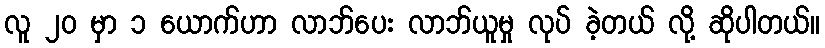
လူ ၂၀ မှာ ၁ ယောက်ဟာ လာဘ်ပေး လာဘ်ယူမှု လုပ် ခဲ့တယ် လို့ ဆိုပါတယ်။